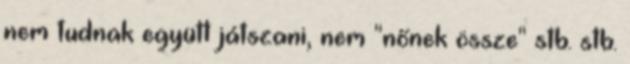
nem tudnak együtt játszani, nem "nőnek össze" stb. stb.